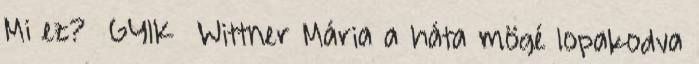
Mi ez? GYIK Wittner Mária a háta mögé lopakodva